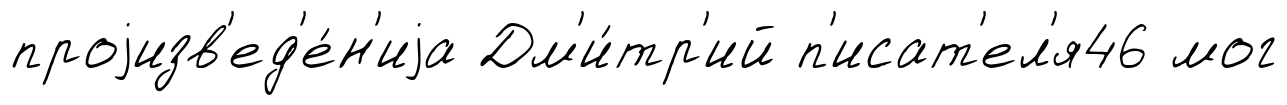
проjизв'ед'е́н'иjа Дм'и́тр'ий п'исат'ел'я46 мог